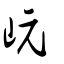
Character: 岏